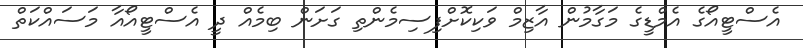
އެސްޓީއޯގެ އެމްޑީގެ މަގާމުން އާޒިމް ވަކިކޮށްފިސިމެންތި ގަށަން ބިމެއް ދީ އެސްޓީއޯއާ މަސައްކަތް